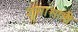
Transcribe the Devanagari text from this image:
शुसाआती